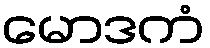
မောဒကံ